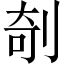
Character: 剞